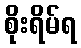
စိုးရိမ်ရ